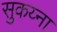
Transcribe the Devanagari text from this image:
सुकय्ना